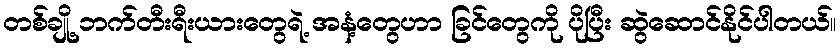
တစ်ချို့ ဘက်တီးရီးယားတွေရဲ့ အနံ့တွေဟာ ခြင်တွေကို ပိုပြီး ဆွဲဆောင်နိုင်ပါတယ်။